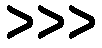
>>>